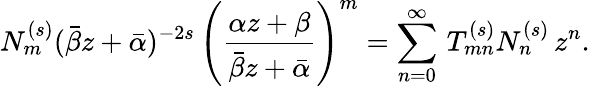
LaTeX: N_{m}^{(s)}(\bar{\beta}z+\bar{\alpha})^{-2s}\, \left(\frac{\alpha z+\beta}{\bar{\beta}z+\bar{\alpha}}\right)^{m}=\sum_{n=0}^{\infty}\, T_{mn}^{(s)}N_{n}^{(s)}\, z^{n}.